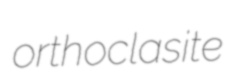
orthoclasite